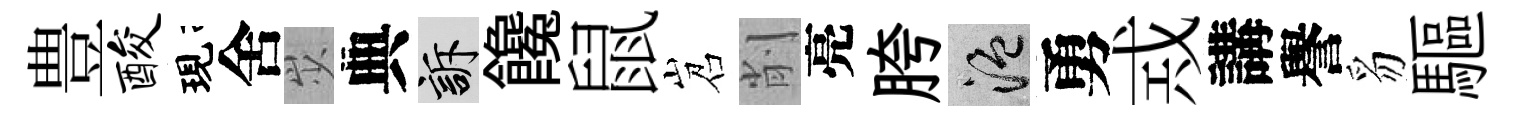
豊酸現舍𡵯典訴饞鼠岧削亮胯温勇𢦶講譽豸驅